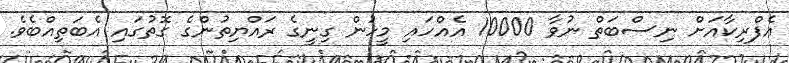
އެފްރިކާއަށް ނިސްބަތް ނުވާ 10000 އެއްހައި މީހުން ގިނީގެ ރައްޔިތުންގެ ގޮތުގައި އެބަތިއްބެވެ.